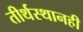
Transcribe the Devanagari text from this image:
तीर्थस्थानही